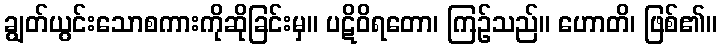
ချွတ်ယွင်းသောစကားကိုဆိုခြင်းမှ။ ပဋိဝိရတော၊ ကြဉ်သည်။ ဟောတိ၊ ဖြစ်၏။